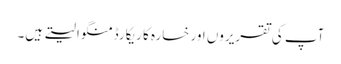
آپ کی تقریروں اور خسارہ کا ریکارڈ منگوا لیتے ہیں۔